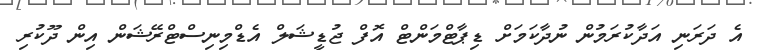
އެ ދަރަނި އަދާކުރަމުން ނުދާކަމަށް ޑިޕާޓްމަންޓް އޮފް ޖުޑީޝަލް އެޑްމިނިސްޓްރޭޝަން އިން ދޫކުރި